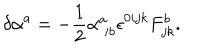
\delta \alpha ^ { a } = - \frac { 1 } { 2 } \alpha _ { \; i b } ^ { a } \epsilon ^ { 0 i j k } F _ { j k } ^ { b } .